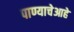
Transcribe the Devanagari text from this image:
पाण्याचेआहे